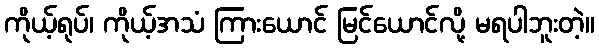
ကိုယ့်ရုပ်၊ ကိုယ့်အသံ ကြားယောင် မြင်ယောင်လို့ မရပါဘူးတဲ့။